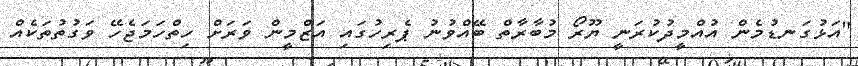
"އަޅުގަނޑުމެން އުއްމީދުކުރަނީ ޔޫރޯ މުބާރާތް ބޭއްވުނު ޕެރިހުގައި އަޒްމީން ވަރަށް ހިތްހަމަޖެހޭ ވަގުތުތަކެއް